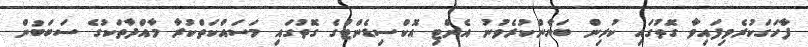
ފާހަގަކުރެވިފައިވާ ގޮތުގައި ކުރިން ބަޔާންކުރެވުނު އެންޓި އޮކްސިޑެންޓްގެ ގޮތުގައި މަސައްކަތްކުރާ މާއްދާތަކުގެ ސަބަބުން